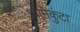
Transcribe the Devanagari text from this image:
जमिकुंटा